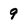
Character: 9